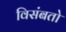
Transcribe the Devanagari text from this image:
विसंबतो